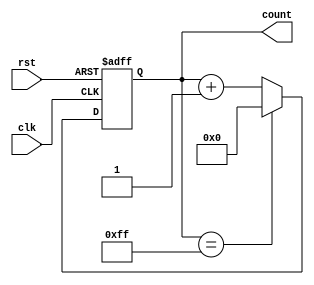
module Modulus_Counter (
    input wire clk,
    input wire rst,
    output reg [N-1:0] count
);

parameter N = 8; // specify the width of the count value
parameter MODULUS = 256; // specify the modulus value

always @(posedge clk or posedge rst) begin
    if (rst) begin
        count <= 0;
    end else begin
        if (count == MODULUS - 1) begin
            count <= 0;
        end else begin
            count <= count + 1;
        end
    end
end

endmodule